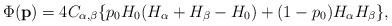
LaTeX: \begin{align*}\Phi ({\bf p}) = 4C_{\alpha,\beta}\{ p_0 H_0 (H_\alpha + H_\beta -H_0) + (1-p_0) H_\alpha H_\beta \},\end{align*}